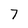
Character: 7